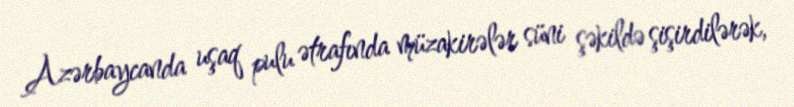
Azərbaycanda uşaq pulu ətrafında müzakirələr süni şəkildə şişirdilərək,